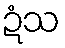
ဍံသ